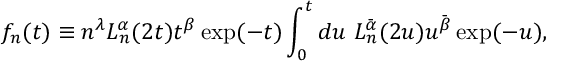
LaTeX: f _ { n } ( t ) \equiv n ^ { \lambda } L _ { n } ^ { \alpha } ( 2 t ) t ^ { \beta } \exp ( - t ) \int _ { 0 } ^ { t } d u \ L _ { n } ^ { \bar { \alpha } } ( 2 u ) u ^ { \bar { \beta } } \exp ( - u ) ,